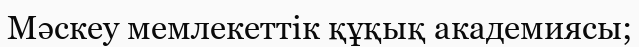
Мәскеу мемлекеттік құқық академиясы;